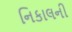
નિકાલની